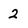
Character: 2